Vaccination in Bombay 1889-1901 - 1889-1901
Year: 1889
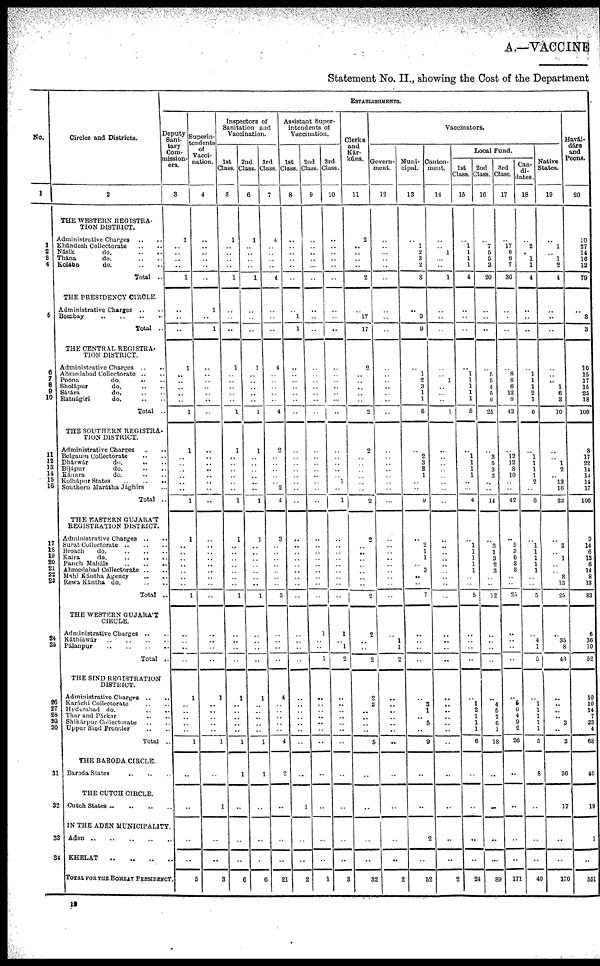
A.—VACCINE
Statement No. II., showing the Cost of the Department
No.
1
1
2
3
4
5
6
7
8
9
10
11
12
13
14
15
10
17
18
19
20
21
22
23
24
26
26
27
28
29
30
31
32
33
34
Circles and Districts.
2
THE WESTERN REGISTRA-
TION DISTRICT.
Administrative Charges .. ..
Khándesh Collectorate .. ..
Násik
do.
..
..
Ttána
do. .. .. ..
Kolába
do. .. ..
Total ..
THE PRESIDENCY CIRCLE.
Administrative Charges .. ..
Bombay .. .. .. ..
Total ..
THE CENTRAL REGISTRA-
TION DISTRICT.
Administrative Charges
..
..
Ahmedabad Collectorate .. ..
Poona
do. .. ..
Sholápur
do. .. .. ..
Sátára
do. .. ..
Ratnágiri
do. .. ..
Total ..
THE SOUTHERN REGISTRA-
TION DISTRICT.
Administrative Charges .. ..
Belgaum Collectorate .. ..
Dhárwár
do. .. ..
Bijápur
do. .. ..
Kánara
do. .. ..
Kolhápur States
..
..
..
Southern Marátha Jághirs ..
Total ..
THE EASTERN GUJARÁT
REGISTRATION DISTRICT.
Administrative Charges
..
..
Surat Collectorate .. .. ..
Broach
do.
..
..
..
Kaira
do. .. .. ..
Panch Maháls
..
..
..
..
Ahmedabad Collectorate .. ..
Mahi Kántha Agency
..
..
Rewa Kántha do. .. ..
Total ..
THE WESTERN GUJARÁT
CIRCLE.
Administrative Charges .. ..
Káthiáwár
..
..
..
..
Pálanpur
..
..
..
..
Total ..
THE SIND REGISTRATION
DISTRICT.
Administrative Charges ..
Karáchi Collectorate .. ..
Hyderabad do. .. ..
Thar and Párkar .. ..
Shikárpur Collectorate .. ..
Upper Sind Frontier .. ..
Total ..
THE BARODA CIRCLE.
Baroda States
..
..
..
THE CUTCH CIRCLE.
Cutch States
..
..
..
..
IN THE ADEN MUNICIPALITY.
Aden .. .. .. .. ..
KHELAT .. .. .. .. ..
TOTAL FOR THE BOMBAY PRESIDENCY.
ESTABLISHMENTS.
Deputy
Sani-
tary
Com-
mission-
ers.
3
1
..
..
..
..
1
..
..
..
1
..
..
..
..
..
1
1
..
..
..
..
..
..
1
1
..
..
..
..
..
..
..
1
..
..
..
..
1
..
..
..
..
..
1
..
..
..
..
5
Superin-
tendents
of
Vacci-
nation.
4
..
..
..
..
..
..
1
..
1
..
..
..
..
..
..
..
..
..
..
..
..
..
..
..
..
..
..
..
..
..
..
..
..
..
..
..
..
1
..
..
..
..
..
1
..
1
..
..
3
Inspectors of
Sanitation and
Vaccination.
1st
Class.
5
1
..
..
..
..
1
..
..
..
1
..
..
..
..
..
1
1
..
..
..
..
..
..
1
1
..
..
..
..
..
..
..
1
..
..
..
..
1
..
..
..
..
..
1
1
..
..
..
6
2nd
Class.
6
1
..
..
..
..
1
..
..
..
1
..
..
..
..
..
1
1
..
..
..
..
..
..
1
1
..
..
..
..
..
..
..
1
..
..
..
..
1
..
..
..
..
..
1
1
..
..
..
6
3rd
Class.
7
4
..
..
..
..
4
..
..
..
4
..
..
..
..
..
4
2
..
..
..
..
..
2
4
3
..
..
..
..
..
..
..
3
..
..
..
..
4
..
..
..
..
..
4
2
..
..
..
21
Assistant Super-
intendents of
Vaccination.
1st
Class.
8
..
..
..
..
..
..
..
1
1
..
..
..
..
..
..
..
..
..
..
..
..
..
..
..
..
..
..
..
..
..
..
..
..
..
..
..
..
..
..
..
..
..
..
..
..
1
..
..
2
2nd
Class.
9
..
..
..
..
..
..
..
..
..
..
..
..
..
..
..
..
..
..
..
..
..
..
..
..
..
..
..
..
..
..
..
..
..
1
..
..
1
..
..
..
..
..
..
..
..
..
..
..
1
3rd
Class.
10
..
..
..
..
..
..
..
..
..
..
..
..
..
..
..
..
..
..
..
..
..
1
..
1
..
..
..
..
..
..
..
..
..
1
..
1
2
..
..
..
..
..
..
..
..
..
..
..
3
Clerks
and
Kár-
kúns.
11
2
..
..
..
..
2
..
17
17
2
..
..
..
..
..
2
2
..
..
..
..
..
..
2
2
..
..
..
..
..
..
..
2
2
..
..
2
2
3
..
..
..
..
5
..
..
..
..
32
Vaccinators.
Govern-
ment.
12
..
..
..
..
..
..
..
..
..
..
..
..
..
..
..
..
..
..
..
..
..
..
..
..
..
..
..
..
..
..
..
..
..
..
1
1
2
..
..
..
..
..
..
..
..
..
..
..
2
Muni-
cipal.
13
..
1
2
3
2
8
..
9
9
..
1
2
3
1
1
8
..
2
3
3
1
..
..
9
..
2
1
1
..
3
..
..
7
..
..
..
..
..
3
1
..
5
..
9
..
..
2
..
52
Canton-
ment.
14
..
..
1
..
..
1
..
..
..
..
..
1
..
..
..
1
..
..
..
..
..
..
..
..
..
..
..
..
..
..
..
..
..
..
..
..
..
..
..
..
..
..
..
..
..
..
..
..
2
Local Fund.
1st
Class.
15
..
1
1
1
1
4
..
..
..
..
..
..
..
..
..
5
..
1
1
1
1
..
..
4
..
1
1
1
1
1
..
..
5
..
..
..
..
..
1
2
1
1
1
6
..
..
..
..
24
2nd
Class.
16
..
7
6
5
3
20
..
..
..
..
5
5
4
5
6
25
..
3
5
3
3
..
..
14
..
3
1
3
2
3
..
..
12
..
..
..
..
..
4
5
2
6
1
18
..
..
..
..
89
3rd
Class.
17
..
17
6
6
7
36
..
..
..
..
8
8
6
12
8
42
..
12
12
8
10
..
..
42
..
5
3
6
3
8
..
..
25
..
..
..
..
..
5
6
4
9
2
26
..
..
..
..
171
Can-
di-
dates.
18
..
2
..
1
1
4
..
..
..
..
1
1
1
2
1
6
..
1
1
1
1
2
..
6
..
..
..
..
..
..
..
..
5
..
4
1
5
..
..
..
..
..
..
5
8
..
..
..
40
Native
States.
19
..
1
..
1
2
4
..
..
..
..
..
..
1
6
3
10
..
..
1
2
..
13
16
32
..
3
..
1
..
..
8
13
25
..
35
8
43
..
..
..
..
3
..
3
36
17
..
..
170
Havál-
dárs
and
Peons.
20
10
27
14
16
12
79
..
3
3
10
15
17
15
25
18
100
8
17
22
14
14
14
17
106
9
14
6
13
6
14
8
13
83
6
36
10
52
10
10
14
7
23
4
68
40
19
1
..
551
12